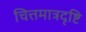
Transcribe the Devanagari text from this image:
चित्तमात्रदृष्टि